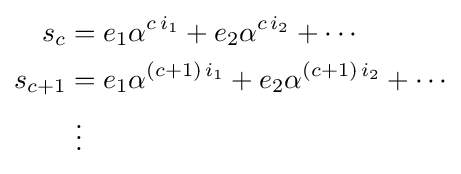
{\begin{aligned}s_{c}&=e_{1}\alpha ^{c\,i_{1}}+e_{2}\alpha ^{c\,i_{2}}+\cdots \\s_{c+1}&=e_{1}\alpha ^{(c+1)\,i_{1}}+e_{2}\alpha ^{(c+1)\,i_{2}}+\cdots \\&{}\ \vdots \end{aligned}}